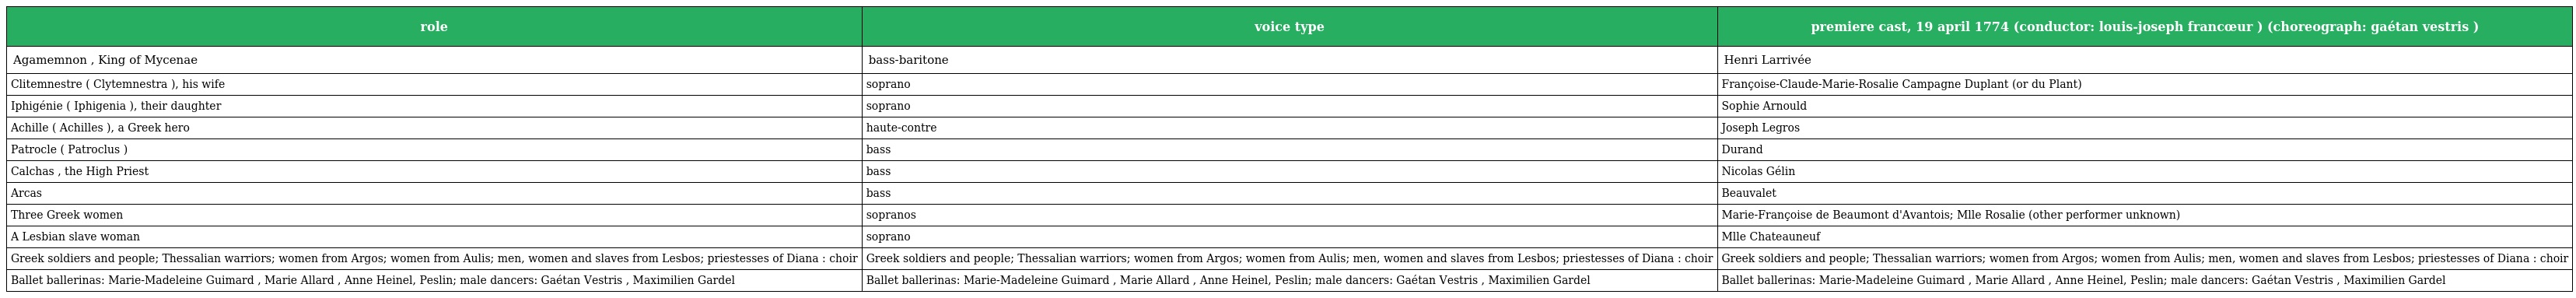
| role | voice type | premiere cast, 19 april 1774 (conductor: louis-joseph francœur ) (choreograph: gaétan vestris ) |
 | --- | --- | --- |
 | Agamemnon , King of Mycenae | bass-baritone | Henri Larrivée |
 | Clitemnestre ( Clytemnestra ), his wife | soprano | Françoise-Claude-Marie-Rosalie Campagne Duplant (or du Plant) |
 | Iphigénie ( Iphigenia ), their daughter | soprano | Sophie Arnould |
 | Achille ( Achilles ), a Greek hero | haute-contre | Joseph Legros |
 | Patrocle ( Patroclus ) | bass | Durand |
 | Calchas , the High Priest | bass | Nicolas Gélin |
 | Arcas | bass | Beauvalet |
 | Three Greek women | sopranos | Marie-Françoise de Beaumont d'Avantois; Mlle Rosalie (other performer unknown) |
 | A Lesbian slave woman | soprano | Mlle Chateauneuf |
 | Greek soldiers and people; Thessalian warriors; women from Argos; women from Aulis; men, women and slaves from Lesbos; priestesses of Diana : choir | Greek soldiers and people; Thessalian warriors; women from Argos; women from Aulis; men, women and slaves from Lesbos; priestesses of Diana : choir | Greek soldiers and people; Thessalian warriors; women from Argos; women from Aulis; men, women and slaves from Lesbos; priestesses of Diana : choir |
 | Ballet ballerinas: Marie-Madeleine Guimard , Marie Allard , Anne Heinel, Peslin; male dancers: Gaétan Vestris , Maximilien Gardel | Ballet ballerinas: Marie-Madeleine Guimard , Marie Allard , Anne Heinel, Peslin; male dancers: Gaétan Vestris , Maximilien Gardel | Ballet ballerinas: Marie-Madeleine Guimard , Marie Allard , Anne Heinel, Peslin; male dancers: Gaétan Vestris , Maximilien Gardel |